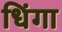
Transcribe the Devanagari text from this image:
धिंगा